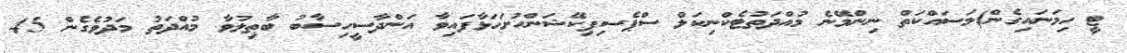
ޓީ ހިމަނައިގެން)މަސައްކަތް ނިންމޭނެ މުއްދަތުޓެކްނިކަލް ސްޕެސިފިކޭޝަންހުށަހަޅާފައިވާ އަންދާސީހިސާބު ބާޠިލުވާ މުއްދަތު މަދުވެގެން 45